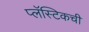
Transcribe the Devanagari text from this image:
प्लॅस्टिकची